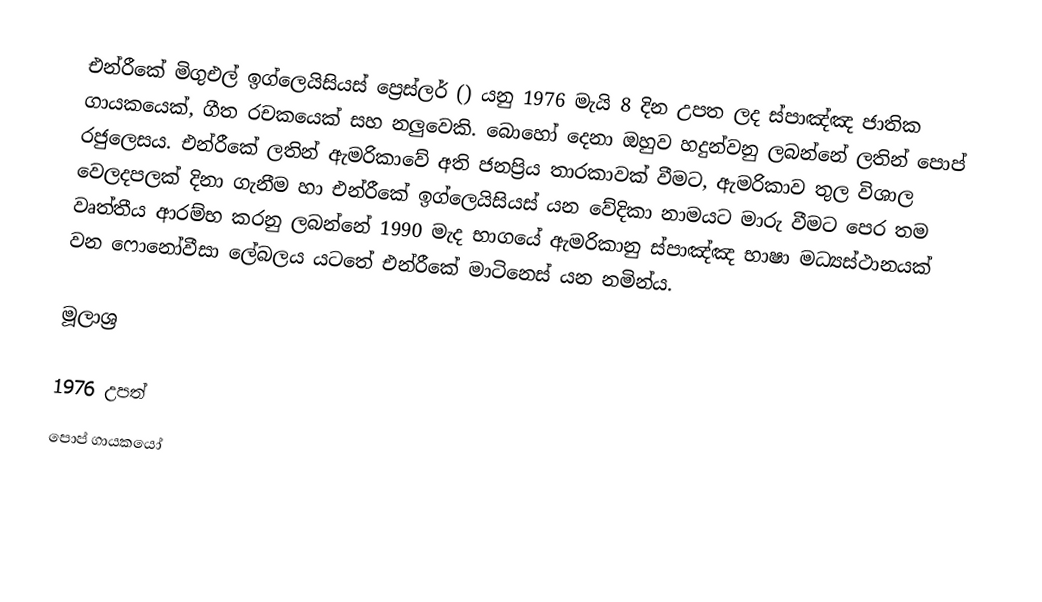
එන්රීකේ මිගුඑල් ඉග්ලෙයිසියස් ප්‍රෙස්ලර් () යනු 1976 මැයි 8 දින උපත ලද ස්පාඤ්ඤ ජාතික ගායකයෙක්, ගීත රචකයෙක් සහ නලුවෙකි. බොහෝ දෙනා ඔහුව හදුන්වනු ලබන්නේ ලතින් පොප් රජුලෙසය. එන්රීකේ ලතින් ඇමරිකාවේ අති ජනප්‍රිය තාරකාවක් වීමට, ඇමරිකාව තුල විශාල වෙලදපලක් දිනා ගැනීම හා එන්රීකේ ඉග්ලෙයිසියස් යන වේදිකා නාමයට මාරු වීමට පෙර තම වෘත්තීය ආරම්භ කරනු ලබන්නේ 1990 මැද භාගයේ ඇමරිකානු ස්පාඤ්ඤ භාෂා මධ්‍යස්ථානයක් වන ෆොනෝවීසා ලේබලය යටතේ එන්රීකේ මාටිනෙස් යන නමින්ය.

මූලාශ්‍ර

1976 උපත්
පොප් ගායකයෝ